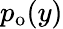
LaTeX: p_{\mathrm{o}}(y)